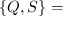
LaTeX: \left\{ Q , S \right\} =